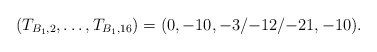
\begin{align*}(T_{B_1,2}, \dots, T_{B_1,16}) = (0,-10,{-3}/{-12}/{-21},-10).\end{align*}